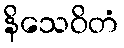
နိသေဝိတံ